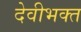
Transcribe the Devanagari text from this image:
देवीभक्त